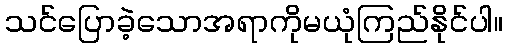
သင်ပြောခဲ့သောအရာကိုမယုံကြည်နိုင်ပါ။